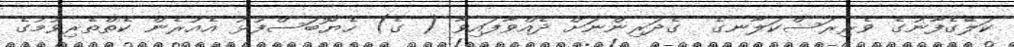
ކަލޭގެފާނުގެ ވެރިރަސްކަލާނގެ  ގެދަރިންނަށް ދެއްވާފައިވާ ( ގެ) ހެޔޮބަސްފުޅު އެއުރެން ކެތްތެރިވުމުގެ